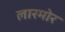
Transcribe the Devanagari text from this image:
लारमोर